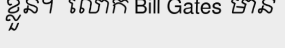
ខ្លួន។  លោក Bill Gates មាន